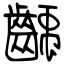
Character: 齲